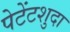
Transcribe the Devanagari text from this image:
पेटेंटशुदा